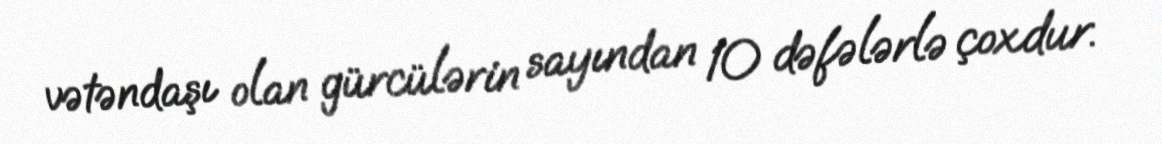
vətəndaşı olan gürcülərin sayından 10 dəfələrlə çoxdur.